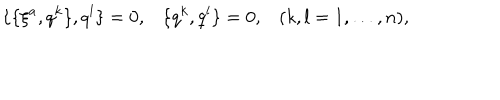
LaTeX: \{ \{ \xi ^ { a } , q ^ { k } \} , q ^ { l } \} = 0 , \{ q ^ { k } , q ^ { l } \} = 0 , ( k , l = 1 , \ldots , n ) ,